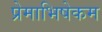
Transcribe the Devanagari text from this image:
प्रेमाभिषेकम